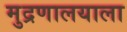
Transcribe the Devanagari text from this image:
मुद्रणालयाला